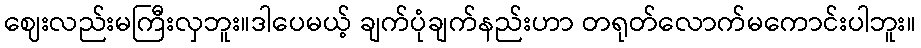
ဈေးလည်းမကြီးလှဘူး။ဒါပေမယ့် ချက်ပုံချက်နည်းဟာ တရုတ်လောက်မကောင်းပါဘူး။